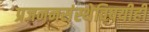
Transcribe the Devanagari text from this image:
प्रजननसंस्थेविषयीही